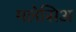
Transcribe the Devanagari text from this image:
मलेसिअ